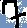
Text: 7